Tartu_kinnistusamet, lk 43
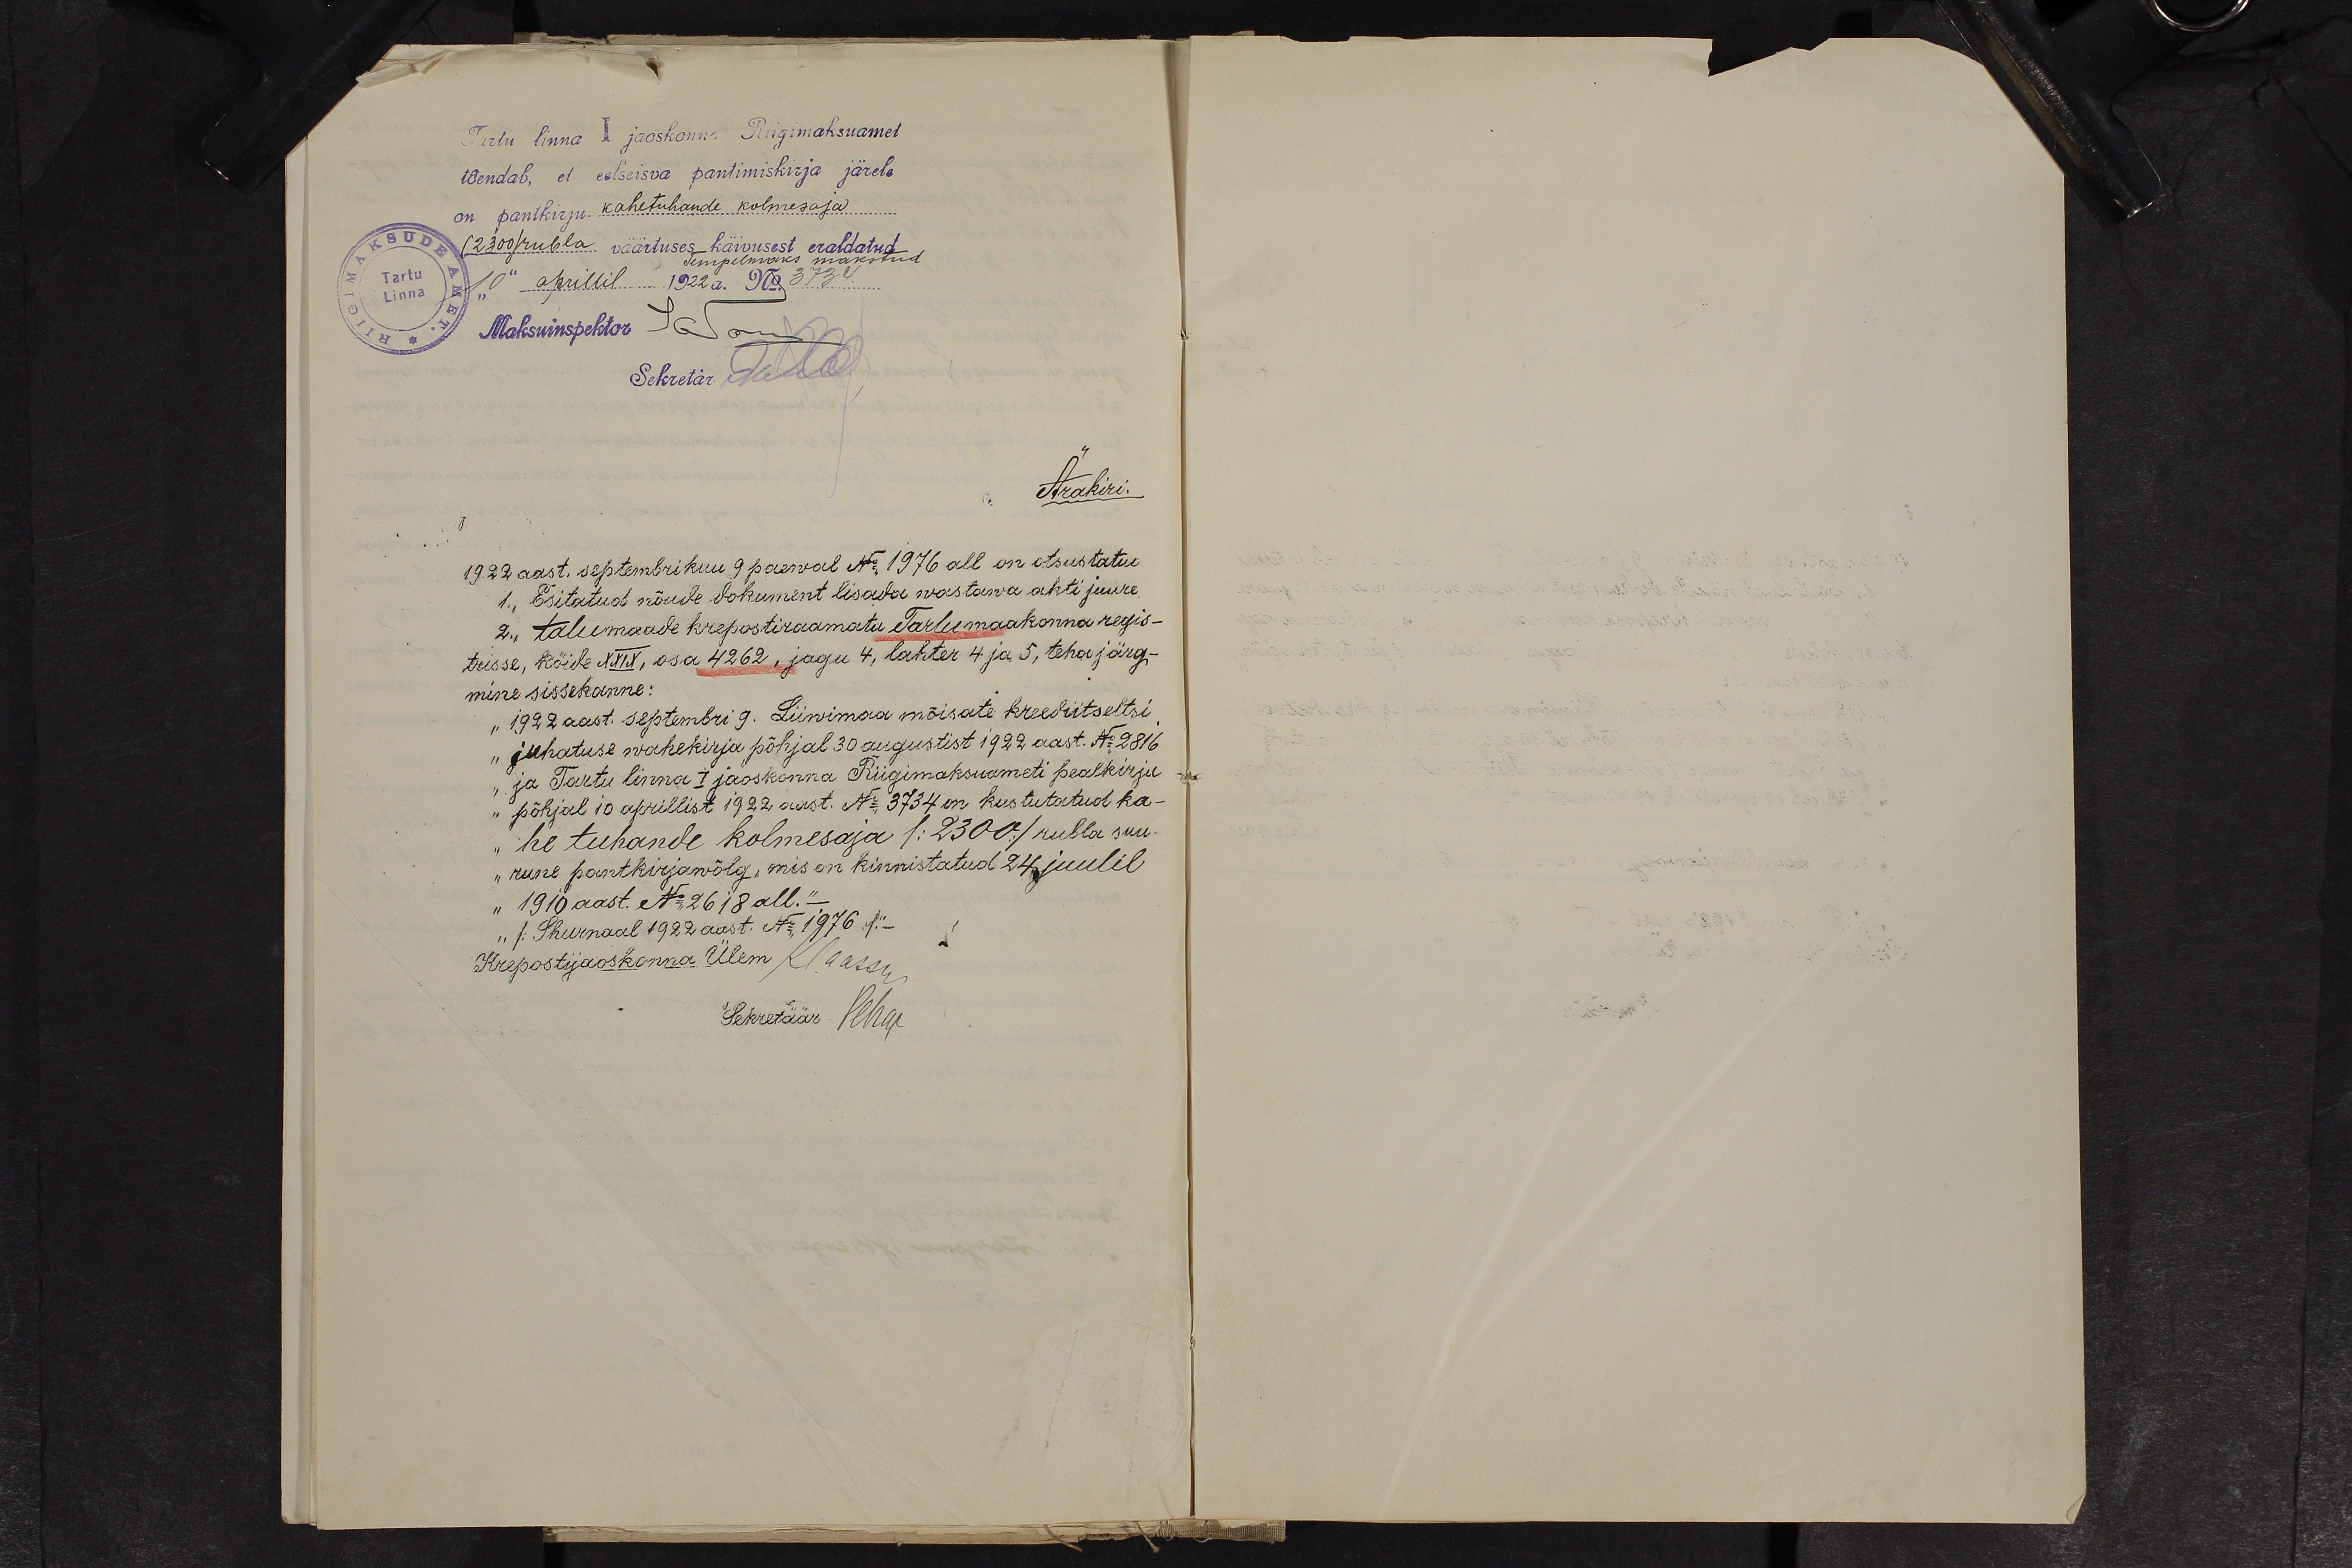
Tartu linna I jaoskonna Riigimaksuamet
tõendab, et eelseisva pantimiskirja järele
on panikirju kahetuhande kolmesaja.
(2300) rubla väärtuses käivusest eraldatud
Tartu
Linna
Maksuinspektor
10" aprillil 1922 a. No 3734
Sekretär No No
Ärakiri
1922 aast. septembrikuu 9 päewal No. 1916 all on otsustatud
1., Esitatud nõude dokument lisada wastawa akti juure
2., Talumaade krepostiraamatu Tartu maakonna regis-
trisse, kõide XXIX, osa 4262, jagu 4, lahter 4 ja 5, teha järg-
mine sissekanne:
"1922 aast. septembri 9. Liiwimaa mõisate kreediitseltsi
"juhatuse wahekirja põhjal 30 augustist 1922 aast. No 2816
"ja Tartu linna I jaoskonna Riigimaksuameti pealkirja
"põhjal 10 aprillist 1922 aast. No 3734 on kustutatud ka-
"he tuhande kolmesaja /2300/ rubla suu-
„rune pantkirjawõlg, mis on kinnistatud 24 juulil
"1910 aast. No 2618 all."
" 1: Shurnaal 1922 aast. No 1976 sü-
Krepostjaoskonna Ülem Klaassi
Sekretäär Peha